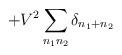
LaTeX: \begin{align*}+V^{2}\sum_{n_{1}n_{2}}\delta_{n_{1}+n_{2}}\end{align*}